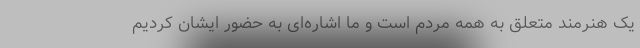
یک هنرمند متعلق به همه مردم است و ما اشاره‌ای به حضور ایشان کردیم